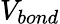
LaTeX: V_{bond}